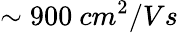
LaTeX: \sim 900\ cm^{2}/Vs